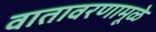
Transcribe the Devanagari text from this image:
वातावरणामूळे